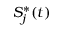
S _ { j } ^ { * } ( t )